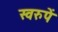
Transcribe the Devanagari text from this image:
स्वरुपें